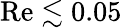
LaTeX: \mathrm{Re}\lesssim 0.05